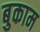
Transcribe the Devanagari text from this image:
बुकाम